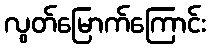
လွတ်မြောက်ကြောင်း